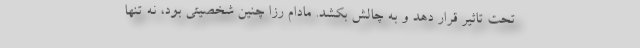
تحت تاثیر قرار دهد و به چالش بکشد. مادام رزا چنین شخصیتی بود، نه تنها